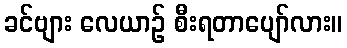
ခင်ဗျား လေယာဉ် စီးရတာပျော်လား။